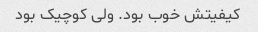
کیفیتش خوب بود. ولی کوچیک بود